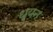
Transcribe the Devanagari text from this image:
ध्यन